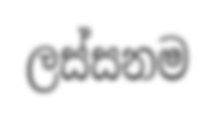
ලස්සනම